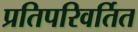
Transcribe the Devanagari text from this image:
प्रतिपरिवर्तित